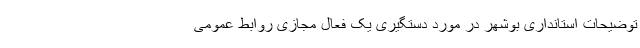
توضیحات استانداری بوشهر در مورد دستگیری یک فعال مجازی روابط عمومی